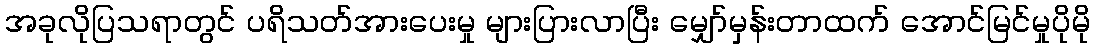
အခုလိုပြသရာတွင် ပရိသတ်အားပေးမှု များပြားလာပြီး မျှော်မှန်းတာထက် အောင်မြင်မှုပိုမို